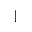
\mid